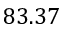
8 3 . 3 7